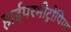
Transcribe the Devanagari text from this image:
हाईपरमीट्रोपिया